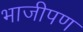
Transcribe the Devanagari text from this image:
भाजीपण